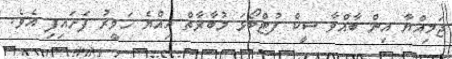
ޖަމިއްޔާ އިން ބާއްވާ ސީކް ފުޓްބޯޅަ މުބާރާތް އިއްޔެ ހަވީރު ފަށައިފި އެވެ.